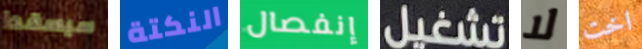
سيسقط النكتة إنفصال تشغيل لا اخت